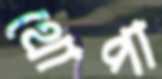
থোপা